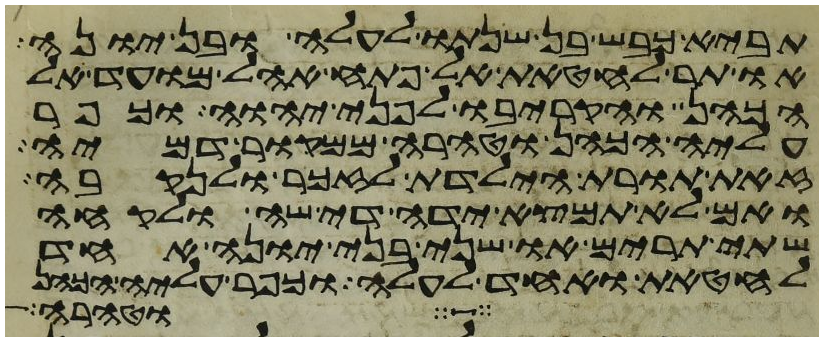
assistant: תביא כבש בן שנתו לעלה או בן יונה
או תר לחטאת אל פתח אהל מועד אל
הכהן והקריבו לפני יהוה וכפר
עליה הכהן וטהרה ממקור דמיה
זאת תורת הילדת לזכר ולנקבה
ואם לא תמצא ידה די שה ולקחה
שתי תרים או שני בני יונה אחד
לחטאת ואחד לעלה וכפר עליה הכהן
וטהרה